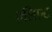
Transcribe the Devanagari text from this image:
एलिएट